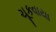
ચૂકવાયા